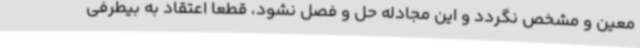
معین و مشخص نگردد و این مجادله حل و فصل نشود، قطعا اعتقاد به بیطرفی